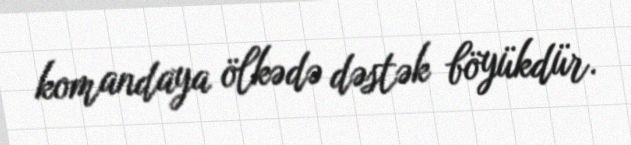
komandaya ölkədə dəstək böyükdür.